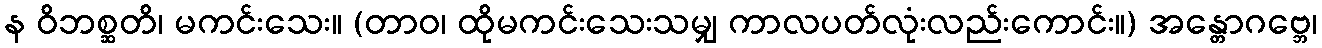
န ဝိဘစ္ဆတိ၊ မကင်းသေး။ (တာဝ၊ ထိုမကင်းသေးသမျှ ကာလပတ်လုံးလည်းကောင်း။) အန္တောဂဗ္ဘေ၊